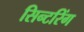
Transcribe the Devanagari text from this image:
सिन्टरिंग